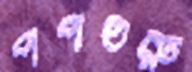
পপগুরু